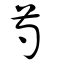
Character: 芍